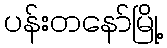
ပန်းတနော်မြို့